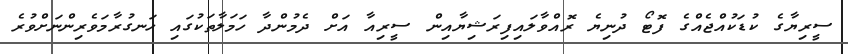
ސީރިޔާގެ ކުޑަކުއްޖެއްގެ ފޮޓޯ ދުނިޔެ ރޮއްވާލައިފިރަޝިޔާއިން ސީރިއާ އަށް ދެމުންދާ ހަމަލާތަކުގައި ހަނގުރާމަވެރިންނަށްވުރެ